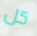
كل